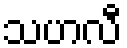
သဟလီ